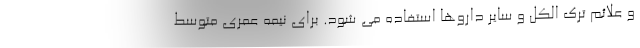
و علائم ترک الکل و سایر داروها استفاده می شود. برای نیمه عمری متوسط